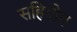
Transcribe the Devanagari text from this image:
सहियोग